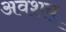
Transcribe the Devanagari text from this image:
अवशय्